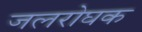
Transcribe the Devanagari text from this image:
जलरोघक